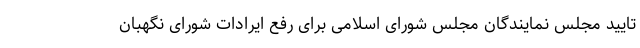
تایید مجلس نمایندگان مجلس شورای اسلامی برای رفع ایرادات شورای نگهبان